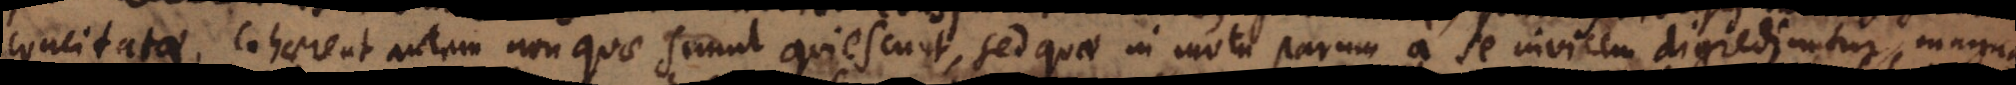
concitatae. Cohaerent autem non quae quiescunt, sed quae in motu parum a se invicem digrediuntur, magna